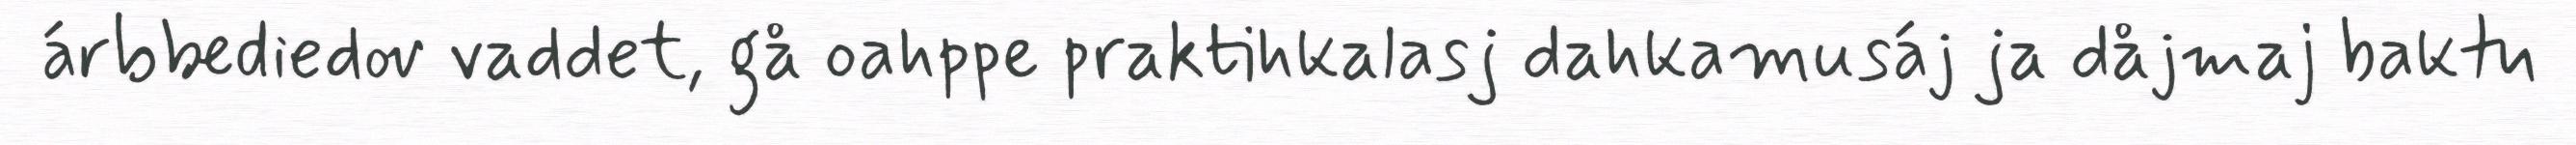
árbbediedov vaddet, gå oahppe praktihkalasj dahkamusáj ja dåjmaj baktu